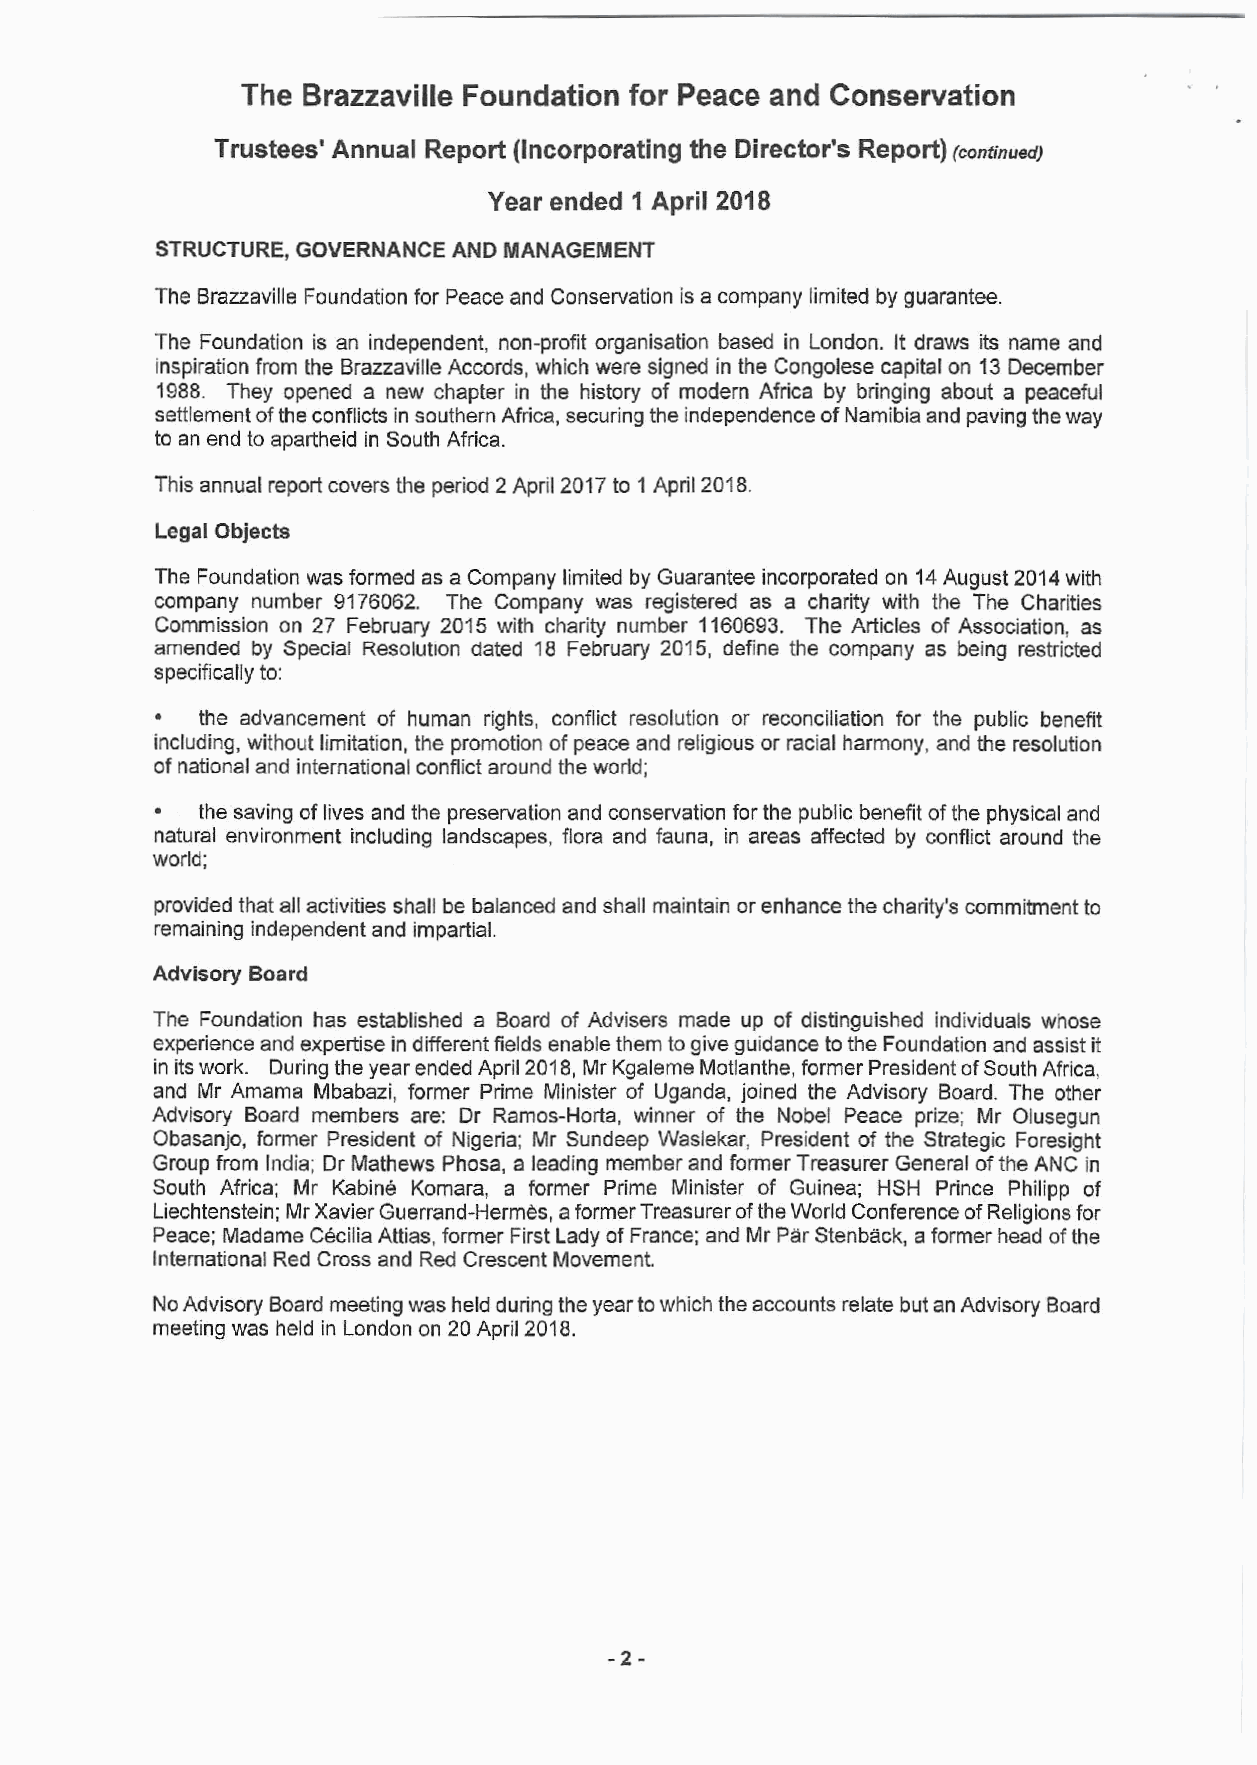
The Brazzaville Foundation for Peace and Conservation
 Trustees' Annual Report (Incorporating the Director's Report)
 (continued)
 Year ended 1 April 2018
 STRUCTURE,GOVERNANCE ANDMANAGEMENT
 TheBrazzavilleFoundationforPeaceandConservationisacompanylimitedbyguarantee.
 The Foundation is an independent, non-profit organisation based in London. It draws its name and
 inspiration from the BrazzavilleAccords, which were signed intheCongolesecapitalon 13 December
 1988. They opened a new chapter in the history of modern Africa by bringing about a peaceful
 settlementoftheconflictsinsouthernAfrica,securingtheindependenceofNamibiaandpavingtheway
 toanendtoapartheidinSouthAfrica.
 Thisannualreportcoverstheperiod2April2017to1April2018.
 LegalObjects
 TheFoundationwasformedasaCompanylimitedbyGuaranteeincorporatedon14August2014with
 company number 9176062. The Company was registered as a charity with the The Charities
 Commission on 27 February 2015 with charity number 1160693. The Articles of Association, as
 amended by Special Resolution dated 18 February 2015, define the company as being restricted
 specificallyto:
 (cid:127) the advancement of human rights, conflict resolution or reconciliation for the public benefit
 including, withoutlimitation,thepromotion of peaceandreligious orracialharmony,andtheresolution
 ofnationalandinternationalconflictaroundtheworld;
 (cid:127) thesavingoflivesandthepreservationandconservationforthepublicbenefitofthephysicaland
 natural environment including landscapes, flora and fauna, in areas affected by conflict around the
 world;
 providedthatallactivitiesshallbe balancedandshallmaintainorenhancethecharity'scommitmentto
 remainingindependentandimpartial.
 AdvisoryBoard
 The Foundation has established a Board of Advisers made up of distinguished individuals whose
 experienceandexpertiseindifferentfieldsenablethemtogiveguidancetotheFoundationandassistit
 initswork. DuringtheyearendedApril2018,MrKgalemeMotlanthe,formerPresidentofSouthAfrica,
 and Mr Amama Mbabazi, former Prime Minister of Uganda, joined the Advisory Board. The other
 Advisory Board members are: Dr Ramos-Horta, winner of the Nobel Peace prize; Mr Olusegun
 Obasanjo, former President of Nigeria; Mr Sundeep Waslekar, President of the Strategic Foresight
 Group fromIndia; DrMathews Phosa, a leadingmember and former TreasurerGeneral oftheANC in
 South Africa; Mr Kabine Komara, a former Prime Minister of Guinea; HSH Prince Philipp of
 Liechtenstein;MrXavierGuerrand-Hermes,aformerTreasureroftheWorldConferenceofReligionsfor
 Peace;MadameC6ciliaAttias,formerFirstLadyofFrance;andMrParStenback,aformerheadofthe
 InternationalRedCrossandRedCrescentMovement.
 NoAdvisoryBoardmeetingwasheldduringtheyeartowhichtheaccountsrelatebutanAdvisoryBoard
 meetingwasheldinLondonon20April2018.
 -
 -2